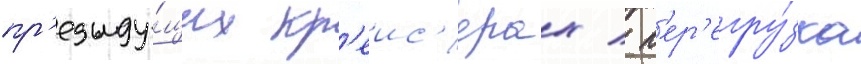
пр'едыду́щих кр'еис'ерах / п'ер'егру́зка